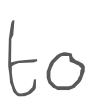
Text: to
Cross-out: clean
Writing tool: digital_gray